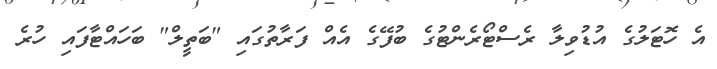
އެ ހޮޓަލުގެ އުޑުވިލާ ރެސްޓޯރެންޓުގެ ބުފޭގެ އެއް ފަރާތުގައި "ބަތީލް" ބަހައްޓާފައި ހުރެ